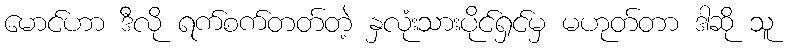
မောင်ဟာ ဒီလို ရက်စက်တတ်တဲ့ နှလုံးသားပိုင်ရှင်မှ မဟုတ်တာ ဒါဆို သူ